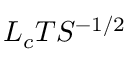
\b { L _ { c } T S } ^ { - 1 / 2 }